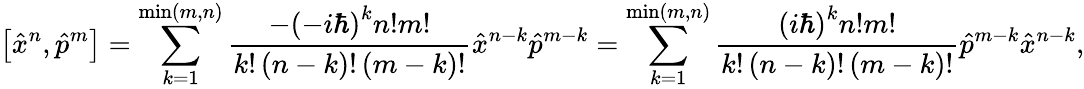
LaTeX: \left[{\hat{x}}^{n},{\hat{p}}^{m}\right]=\sum_{k=1}^{\operatorname*{min}\left(m,n\right)}{{\frac{-\left(-i\hbar\right)^{k}n!m!}{k!\left(n-k\right)!\left(m-k\right)!}}{\hat{x}}^{n-k}{\hat{p}}^{m-k}}=\sum_{k=1}^{\operatorname*{min}\left(m,n\right)}{{\frac{\left(i\hbar\right)^{k}n!m!}{k!\left(n-k\right)!\left(m-k\right)!}}{\hat{p}}^{m-k}{\hat{x}}^{n-k}},